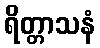
ရိတ္တာသနံ